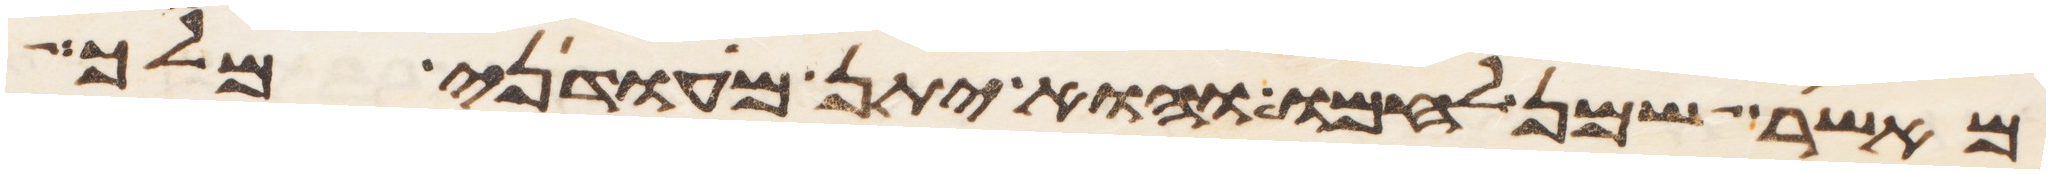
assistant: מאשר שמן לחמו והוא יתן מעדני מלך